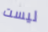
ليست